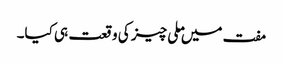
مفت میں ملی چیز کی وقعت ہی کیا۔